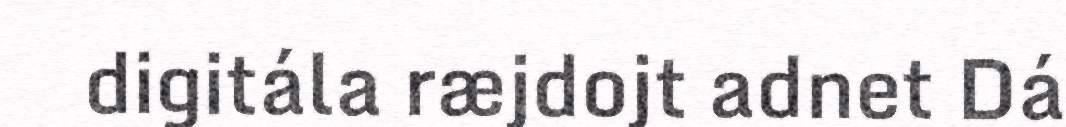
digitála ræjdojt adnet Dá